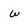
Character: w